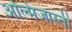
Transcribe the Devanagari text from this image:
अल्मिजास्ती